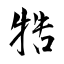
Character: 牿